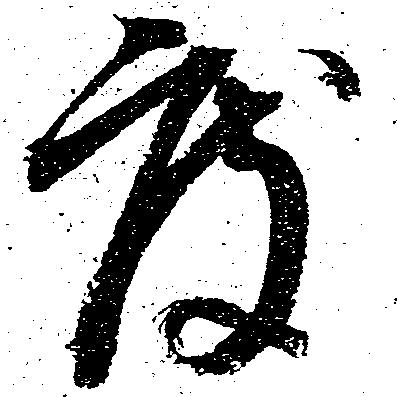
度